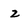
Character: z